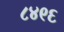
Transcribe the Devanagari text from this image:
८४९६